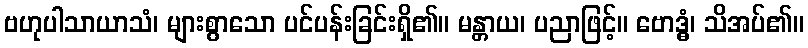
ဗဟုပါသာယာသံ၊ များစွာသော ပင်ပန်းခြင်းရှိ၏။ မန္တာယ၊ ပညာဖြင့်။ ဗောဒ္ဓံ၊ သိအပ်၏။